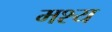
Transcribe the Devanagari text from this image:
मश्य